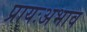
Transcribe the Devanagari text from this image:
प्रायःअभाव